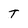
Character: t